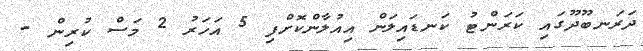
ދަރަނބޫދޫގައި ކަރަންޓު ކަނޑައިލަން އިއުލާންކޮށްފި 5 އަހަރު 2 މަސް ކުރިން -